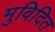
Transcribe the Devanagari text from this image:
मुविदित